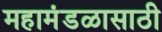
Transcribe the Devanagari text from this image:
महामंडळासाठी